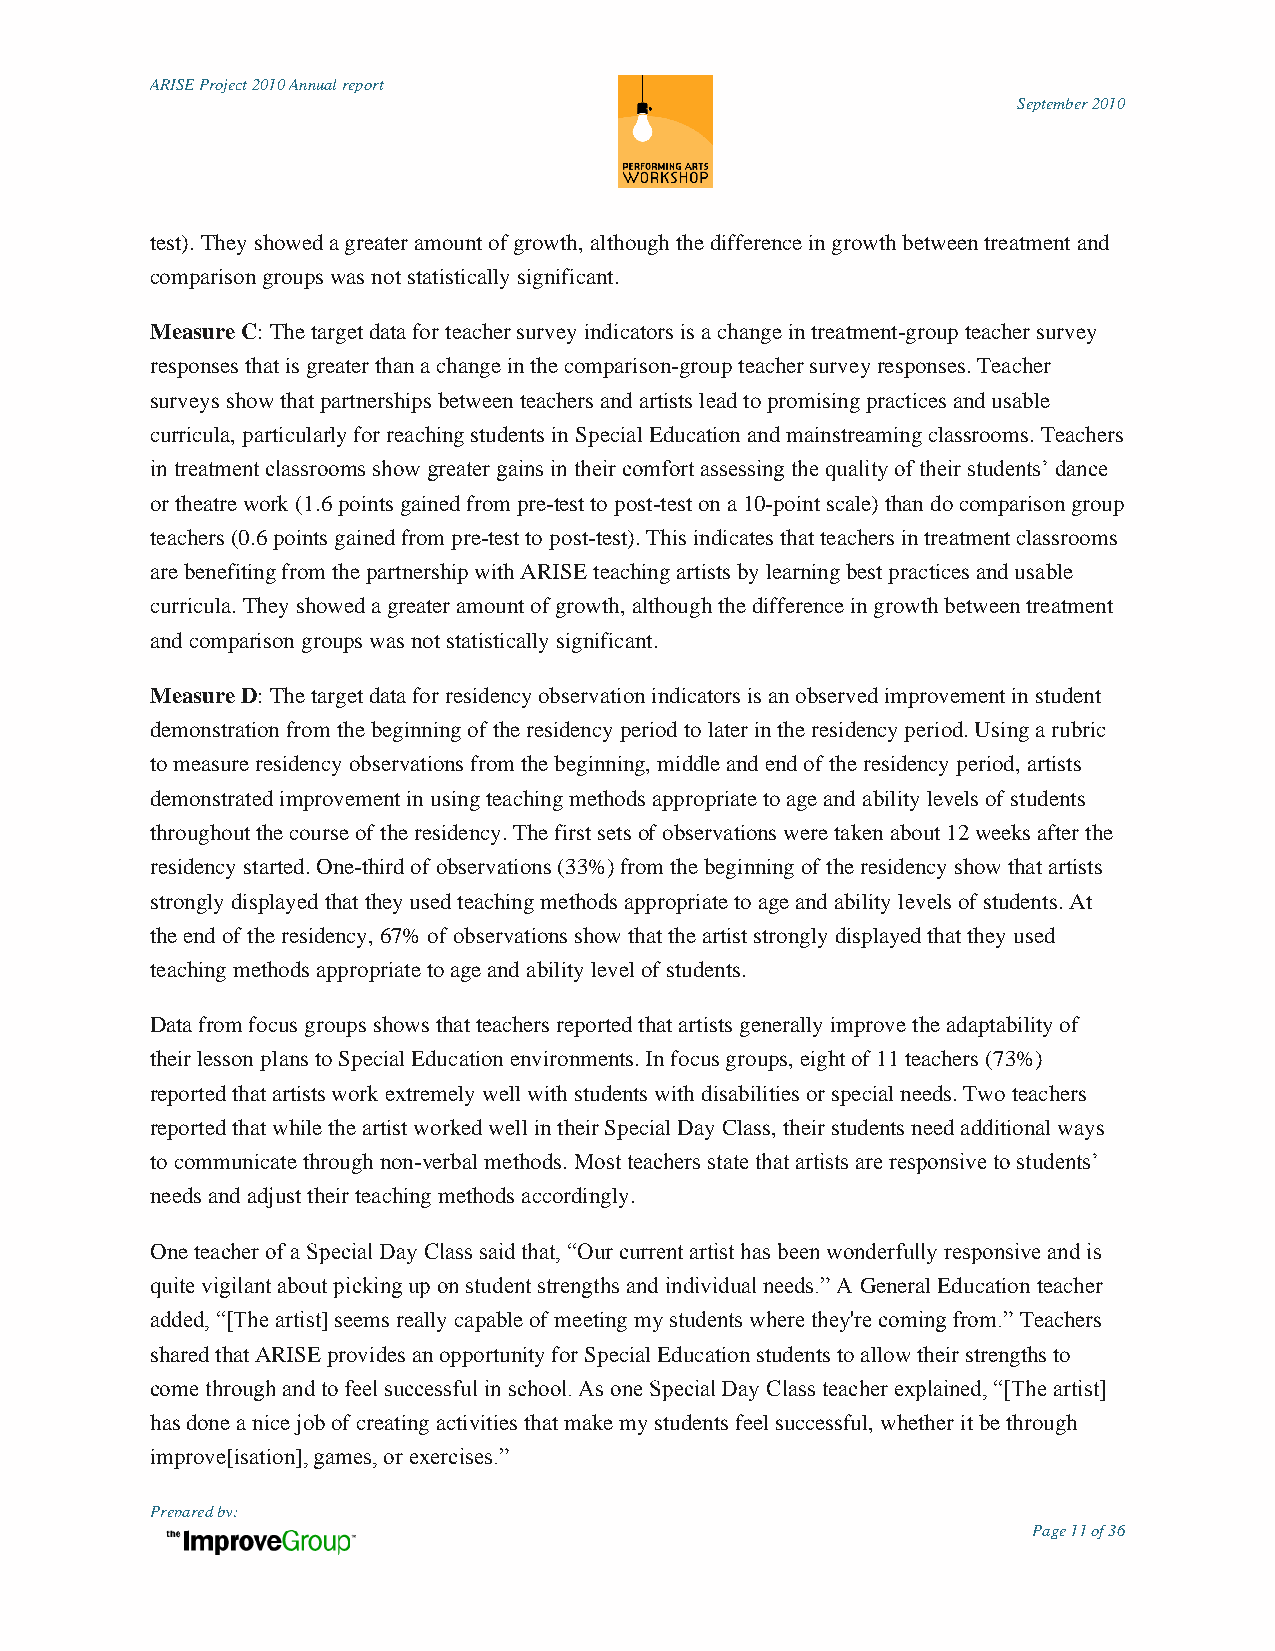
ARISE Project 2010 Annual report
 September 2010
 test). They showed a greater amount of growth, although the difference in growth between treatment and
 comparison groups was not statistically significant.
 Measure C: The target data for teacher survey indicators is a change in treatment-group teacher survey
 responses that is greater than a change in the comparison-group teacher survey responses. Teacher
 surveys show that partnerships between teachers and artists lead to promising practices and usable
 curricula, particularly for reaching students in Special Education and mainstreaming classrooms. Teachers
 in treatment classrooms show greater gains in their comfort assessing the quality of their students‟ dance
 or theatre work (1.6 points gained from pre-test to post-test on a 10-point scale) than do comparison group
 teachers (0.6 points gained from pre-test to post-test). This indicates that teachers in treatment classrooms
 are benefiting from the partnership with ARISE teaching artists by learning best practices and usable
 curricula. They showed a greater amount of growth, although the difference in growth between treatment
 and comparison groups was not statistically significant.
 Measure D: The target data for residency observation indicators is an observed improvement in student
 demonstration from the beginning of the residency period to later in the residency period. Using a rubric
 to measure residency observations from the beginning, middle and end of the residency period, artists
 demonstrated improvement in using teaching methods appropriate to age and ability levels of students
 throughout the course of the residency. The first sets of observations were taken about 12 weeks after the
 residency started. One-third of observations (33%) from the beginning of the residency show that artists
 strongly displayed that they used teaching methods appropriate to age and ability levels of students. At
 the end of the residency, 67% of observations show that the artist strongly displayed that they used
 teaching methods appropriate to age and ability level of students.
 Data from focus groups shows that teachers reported that artists generally improve the adaptability of
 their lesson plans to Special Education environments. In focus groups, eight of 11 teachers (73%)
 reported that artists work extremely well with students with disabilities or special needs. Two teachers
 reported that while the artist worked well in their Special Day Class, their students need additional ways
 to communicate through non-verbal methods. Most teachers state that artists are responsive to students‟
 needs and adjust their teaching methods accordingly.
 One teacher of a Special Day Class said that, “Our current artist has been wonderfully responsive and is
 quite vigilant about picking up on student strengths and individual needs.” A General Education teacher
 added, “[The artist] seems really capable of meeting my students where they're coming from.” Teachers
 shared that ARISE provides an opportunity for Special Education students to allow their strengths to
 come through and to feel successful in school. As one Special Day Class teacher explained, “[The artist]
 has done a nice job of creating activities that make my students feel successful, whether it be through
 improve[isation], games, or exercises.”
 Prepared by:
 Page 11 of 36